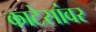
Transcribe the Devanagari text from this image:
काटेसांवर